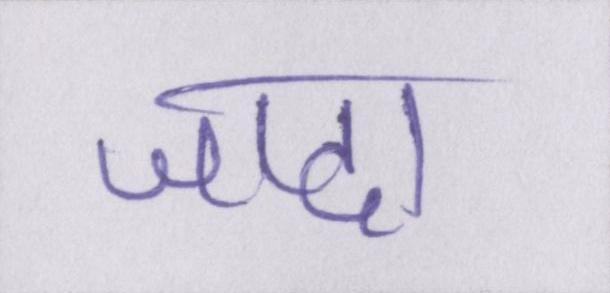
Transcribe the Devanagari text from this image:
जादा